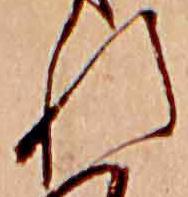
れ